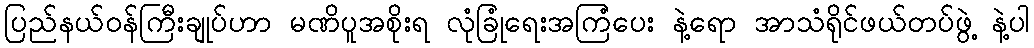
ပြည်နယ်ဝန်ကြီးချုပ်ဟာ မဏိပူအစိုးရ လုံခြုံရေးအကြံပေး နဲ့ရော အာသံရိုင်ဖယ်တပ်ဖွဲ့ နဲ့ပါ